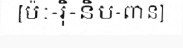
[ប៉ៈ-រ៉ិ-និប-ពាន]